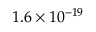
1 . 6 \times 1 0 ^ { - 1 9 }